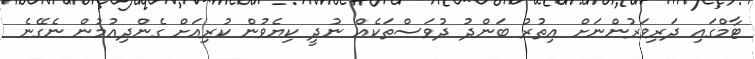
ޓާމްގައި ދަރިވަރުންނަށް އިތުރު ބަންދު ދުވަސްތަކެއް ނުދީ ކިޔެވުން ކުރިއަށް ގެންދިއުމުން ނެގޭނެ